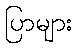
ပြာများ